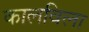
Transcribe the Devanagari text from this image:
कालविला